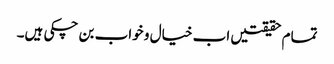
تمام حقیقتیں اب خیال و خواب بن چکی ہیں۔